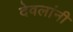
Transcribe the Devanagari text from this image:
देवलांनी